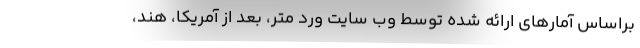
براساس آمارهای ارائه شده توسط وب سایت ورد متر، بعد از آمریکا، هند،